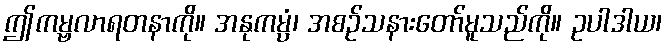
ဤကမ္ဗလာရတနာကို။ အနုကမ္ပံ၊ အစဉ်သနားတော်မူသည်ကို။ ဥပါဒါယ၊